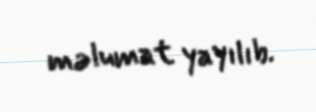
məlumat yayılıb.